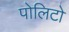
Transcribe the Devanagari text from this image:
पोलिटो